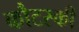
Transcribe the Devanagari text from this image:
कौटस्की